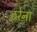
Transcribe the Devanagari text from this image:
ठरेना